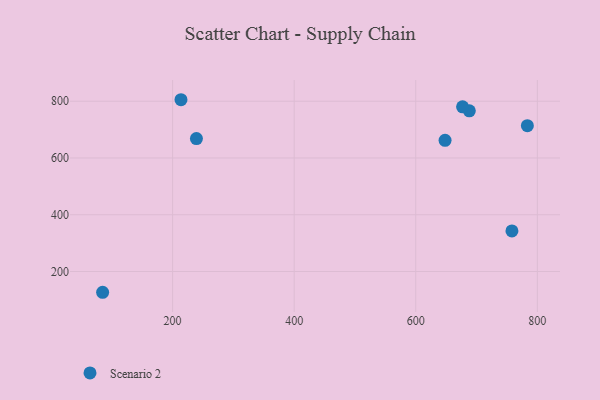
{"axis": {"x": "Ad Spend", "y": "Rating"}, "legend": ["Scenario 2"], "data": [{"x": "688.1", "y": 766.1, "type": "Scenario 2"}, {"x": "783.6", "y": 713.7, "type": "Scenario 2"}, {"x": "648.2", "y": 662.3, "type": "Scenario 2"}, {"x": "213.8", "y": 805.3, "type": "Scenario 2"}, {"x": "677.0", "y": 780.3, "type": "Scenario 2"}, {"x": "758.2", "y": 342.9, "type": "Scenario 2"}, {"x": "239.2", "y": 668.3, "type": "Scenario 2"}, {"x": "84.9", "y": 126.8, "type": "Scenario 2"}]}